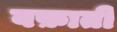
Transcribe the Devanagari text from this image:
वफ़ाती